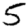
Digit: 5